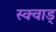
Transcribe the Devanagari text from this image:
स्क्वाड्